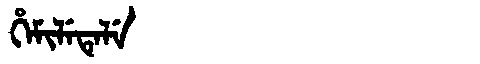
Manchu: ᡥᡝᠮᡳᠯᡝᡨᡝᠯᡝ
Romanization: HEMILETELE